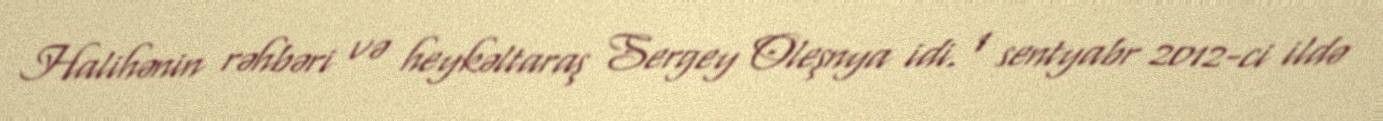
Halihənin rəhbəri və heykəltaraş Sergey Oleşnya idi. 1 sentyabr 2012-ci ildə